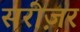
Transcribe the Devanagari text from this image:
सरीज़र